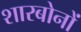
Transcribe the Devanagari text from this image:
शारबोनों